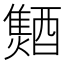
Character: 𨣐